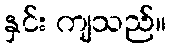
နှင်း ကျသည်။